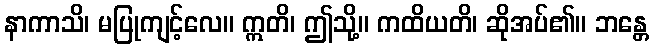
နာကာသိ၊ မပြုကျင့်လေ။ ဣတိ၊ ဤသို့။ ကထိယတိ၊ ဆိုအပ်၏။ ဘန္တေ